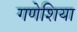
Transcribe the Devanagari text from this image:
गणेशिया